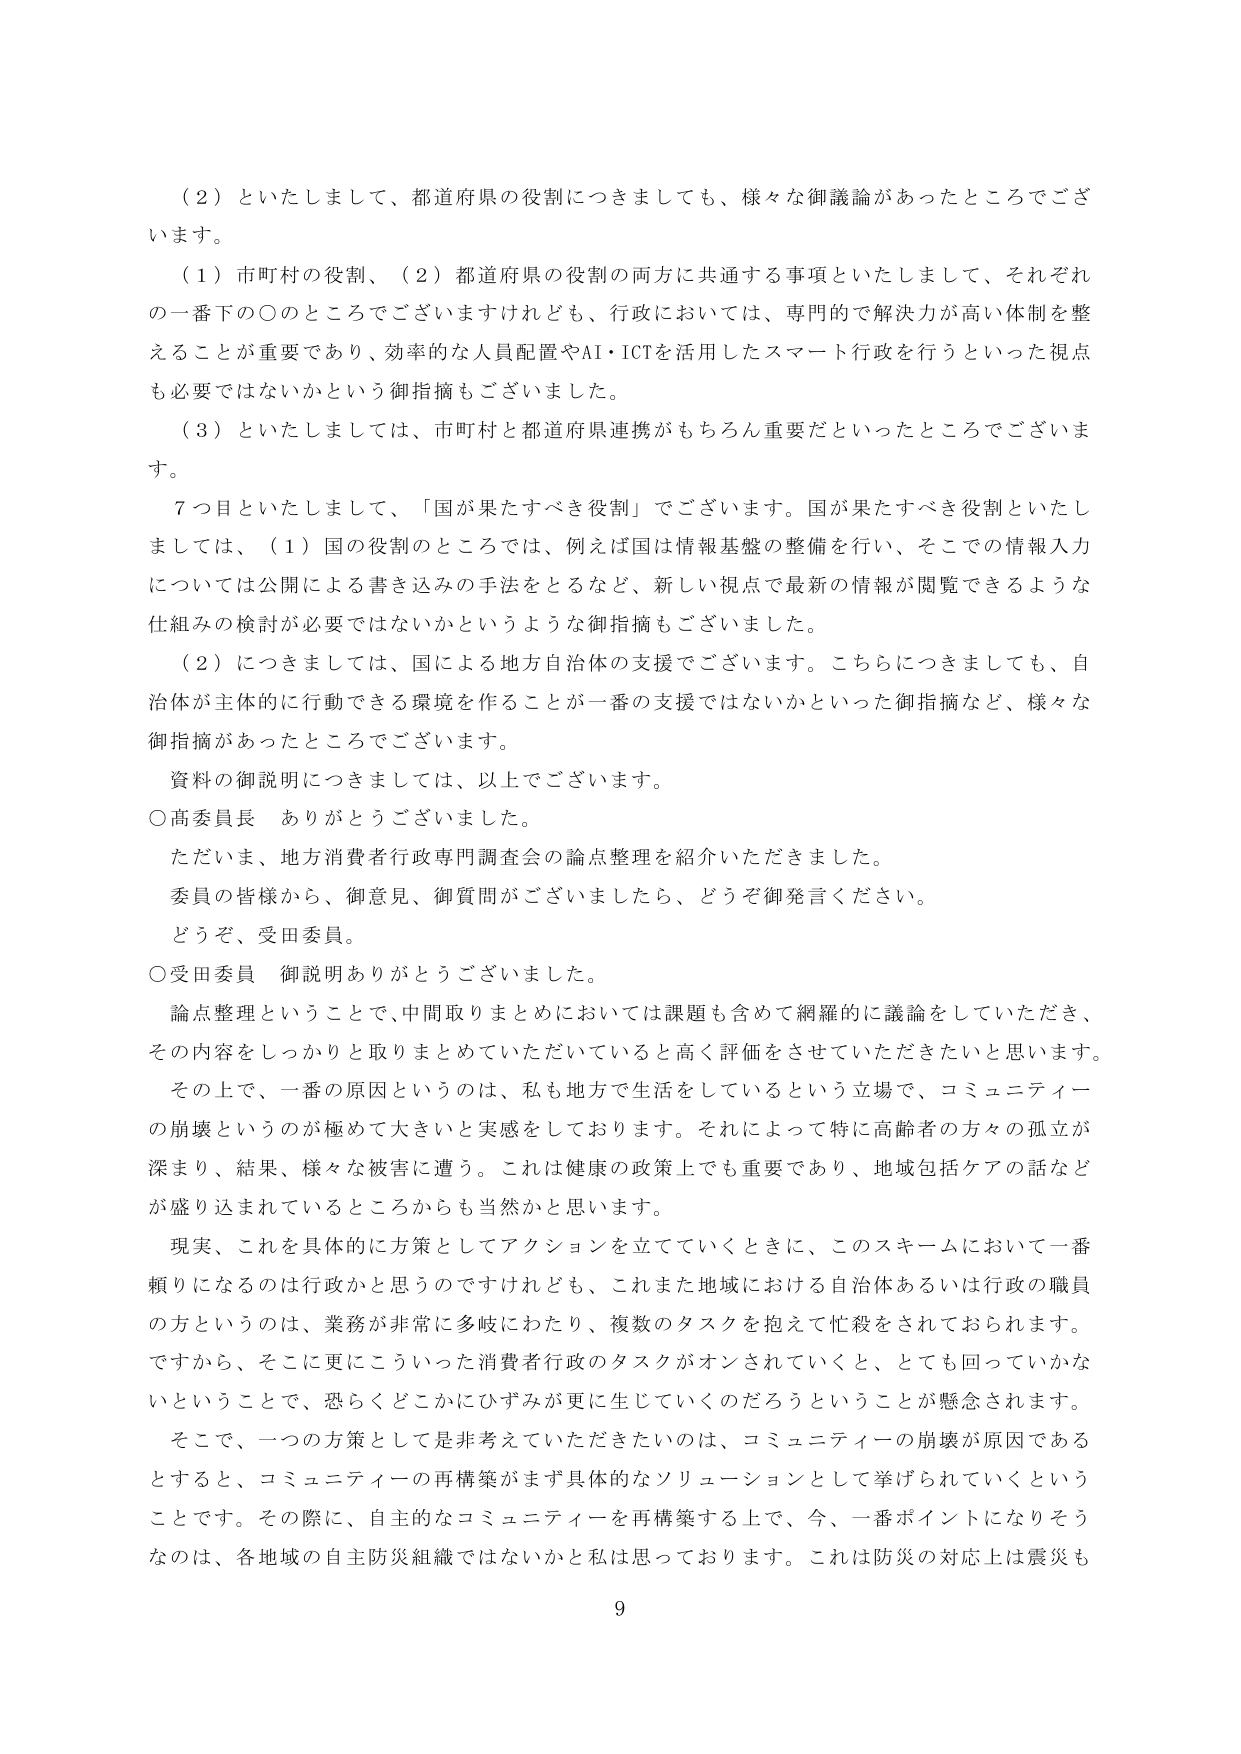
（２）といたしまして、都道府県の役割につきましても、様々な御議論があったところでございます。

（１）市町村の役割、（２）都道府県の役割の両方に共通する事項といたしまして、それぞれの一番下の〇のところでございますけれども、行政においては、専門的で解決力が高い体制を整えることが重要であり、効率的な人員配置やAI・ICTを活用したスマート行政を行うといった視点も必要ではないかという御指摘もございました。

（３）といたしましては、市町村と都道府県連携がもちろん重要だといったところでございます。

７つ目といたしまして、「国が果たすべき役割」でございます。国が果たすべき役割といたしましては、（１）国の役割のところでは、例えば国は情報基盤の整備を行い、そこでの情報入力については公開による書き込みの手法をとるなど、新しい視点で最新の情報が閲覧できるような仕組みの検討が必要ではないかというような御指摘もございました。

（２）につきましては、国による地方自治体の支援でございます。こちらにつきましても、自治体が主体的に行動できる環境を作ることが一番の支援ではないかといった御指摘など、様々な御指摘があったところでございます。

資料の御説明につきましては、以上でございます。

〇高委員長　ありがとうございます。

ただいま、地方消費者行政専門調査会の論点整理を紹介いただきました。

委員の皆様から、御意見、御質問がございましたら、どうぞ御発言ください。

どうぞ、受田委員。

〇受田委員　御説明ありがとうございました。

論点整理ということで、中間取りまとめにおいては課題も含めて網羅的に議論をしていただき、その内容をしっかりと取りまとめていただいていると高く評価をさせていただきたいと思います。

その上で、一番の原因というのは、私も地方で生活をしているという立場で、コミュニティの崩壊というのが極めて大きいと実感しております。それによって特に高齢者の方々の孤立が深まり、結果、様々な被害に遭う。これは健康の政策上でも重要であり、地域包括ケアの話などが盛り込まれているところからも当然かと思います。

現実、これを具体的に方策としてアクションを立てていくときに、このスキームにおいて一番頼りになるのは行政かと思うのですけれども、これまた地域における自治体あるいは行政の職員の方というのは、業務が非常に多岐にわたり、複数のタスクを抱えて忙殺されておられます。ですから、そこに更にこういった消費者行政のタスクがオンされていくと、とても回っていかないということで、恐らくどこかにひずみが更に生じていくのだろうということが懸念されます。

そこで、一つの方策として是非考えていただきたいのは、コミュニティの崩壊が原因であるとすると、コミュニティの再構築がまず具体的なソリューションとして挙げられていくということです。その際に、自主的なコミュニティを再構築する上で、今、一番ポイントになりそうなのは、各地域の自主防災組織ではないかと私は思っております。これは防災の対応上は震災も

9